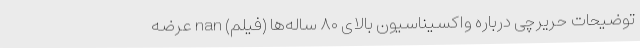
توضیحات حریرچی درباره واکسیناسیون بالای ۸۰ ساله‌ها (فیلم) nan عرضه